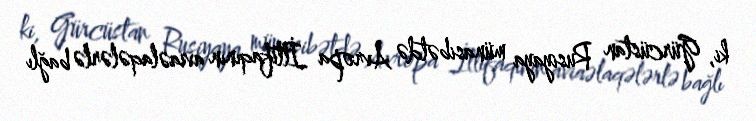
ki, Gürcüstan Rusiyaya münasibətdə Avropa İttifaqının aviaəlaqələrlə bağlı